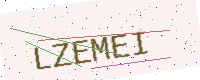
Text: LZEMEI